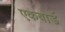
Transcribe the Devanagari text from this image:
एकबोर्ड